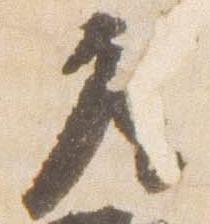
座